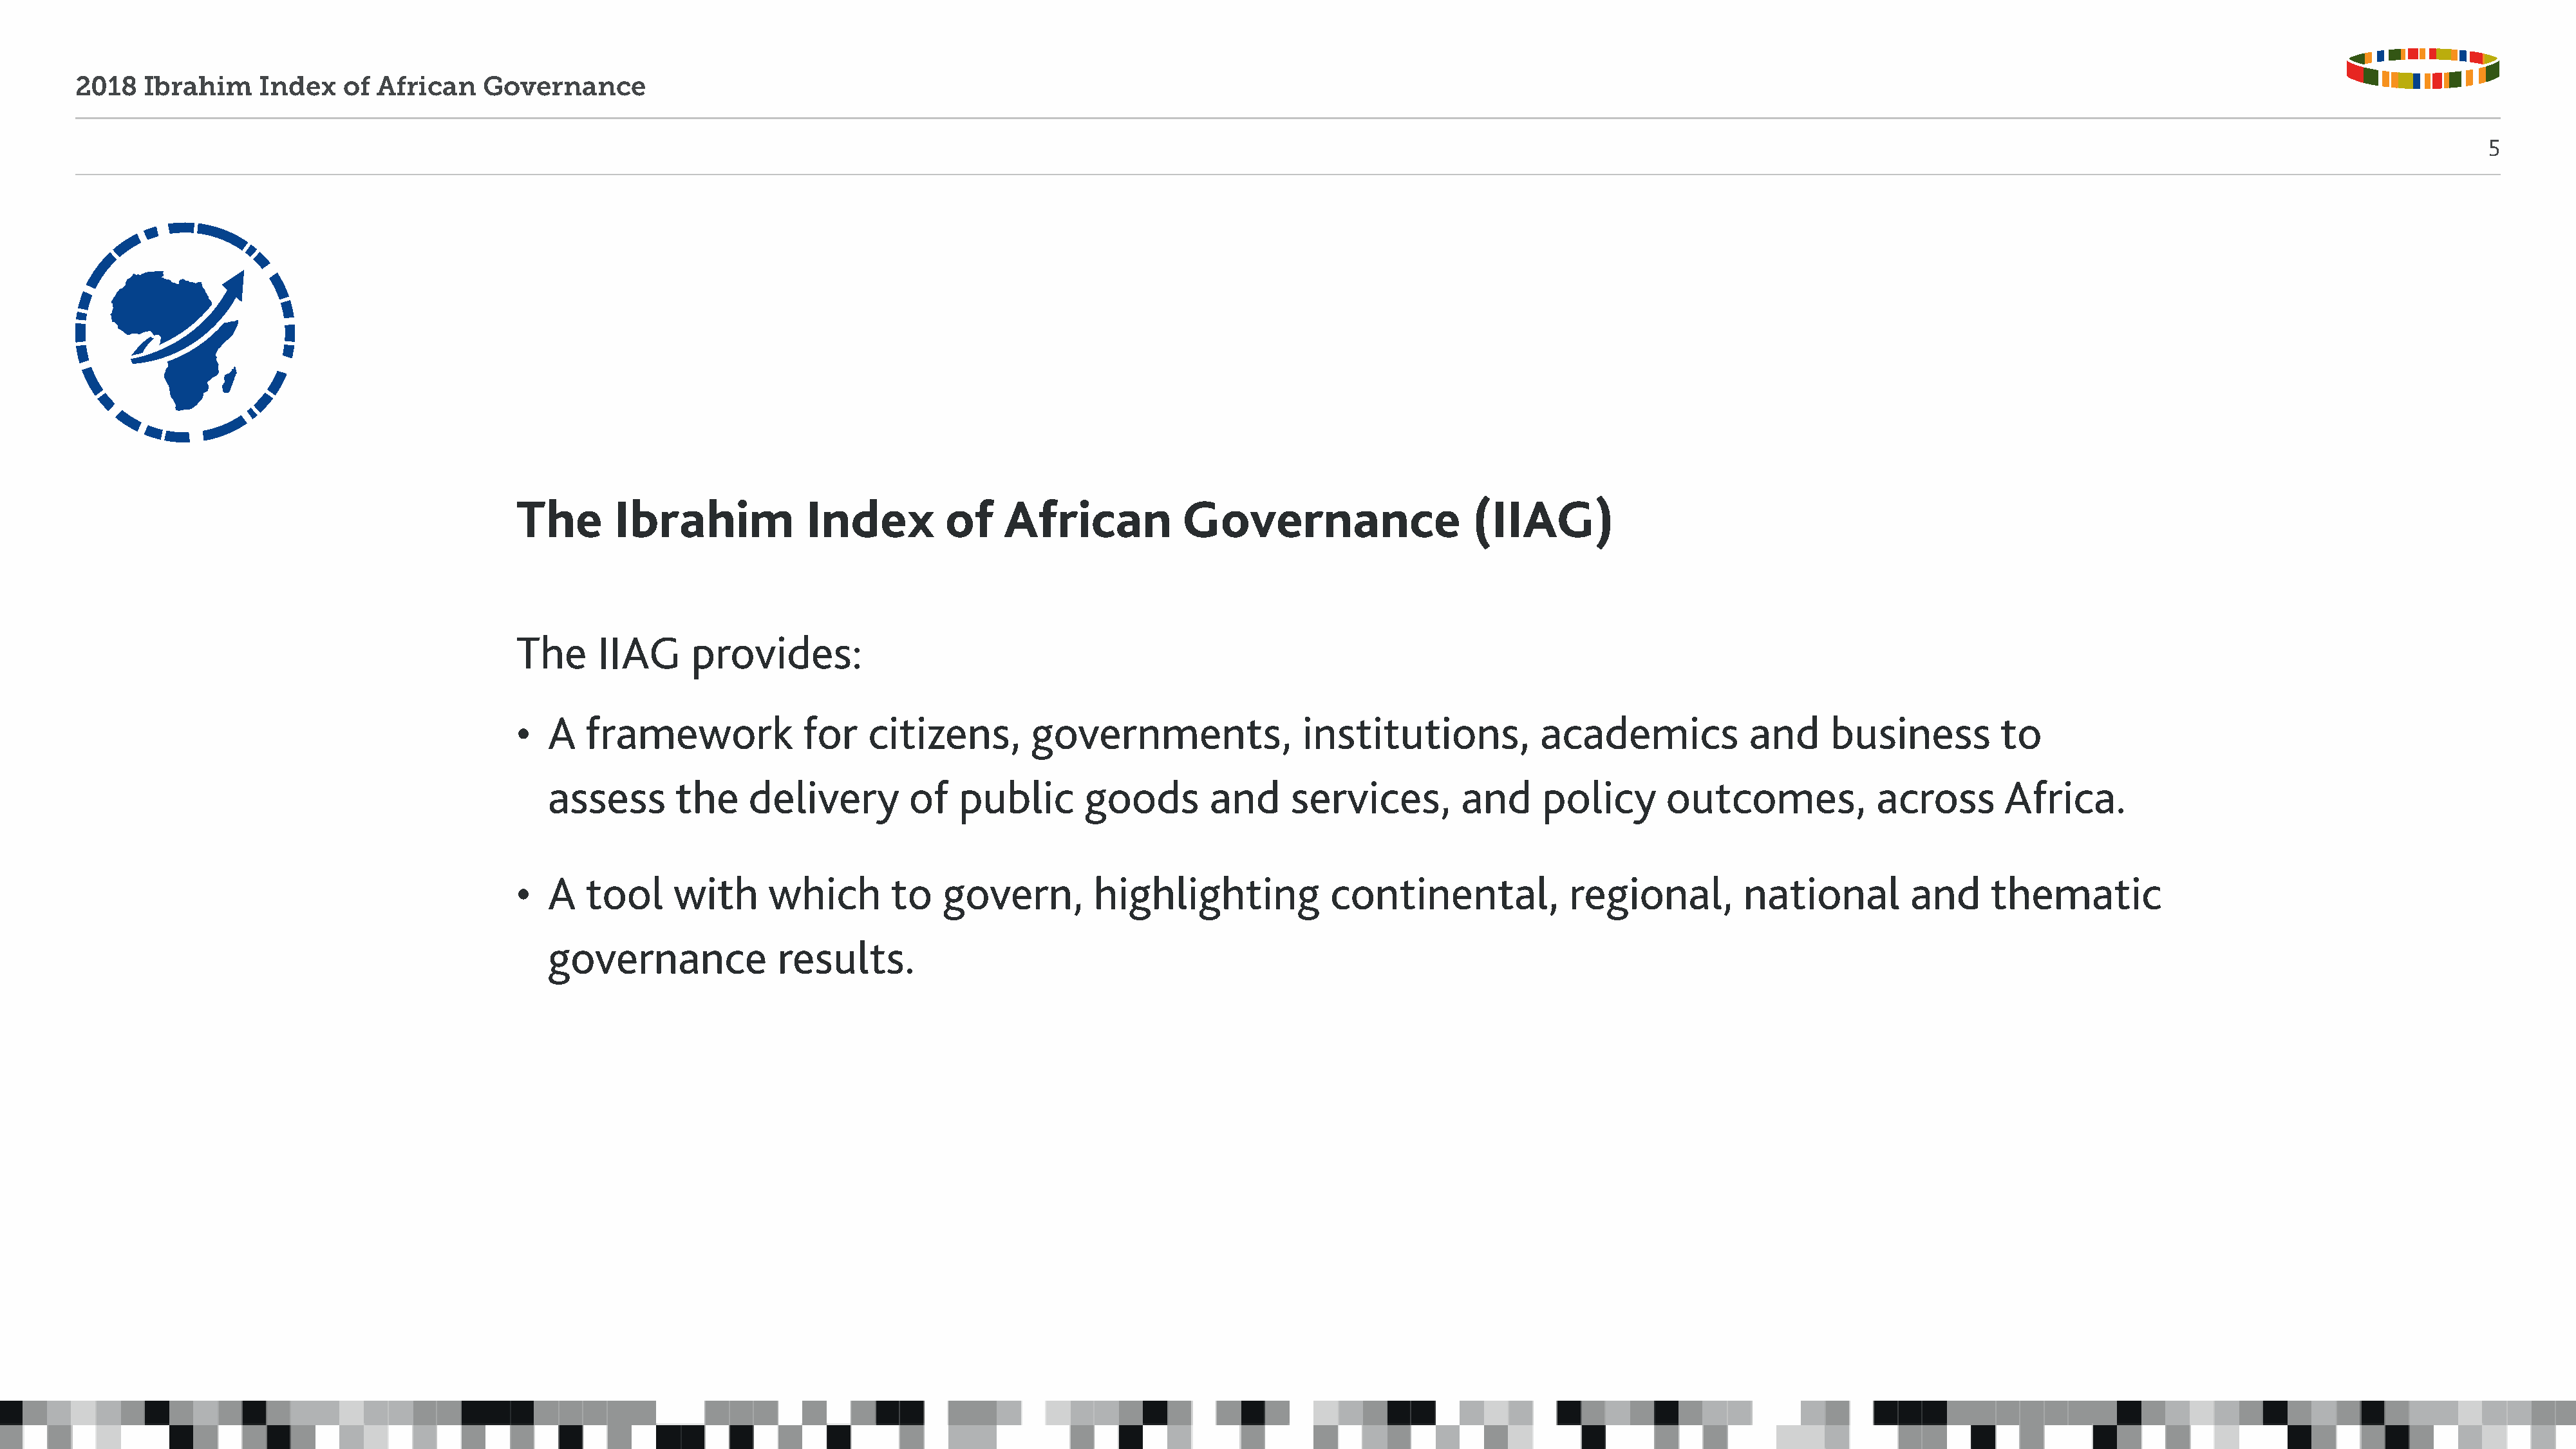
2018   Ibrahim     Index   of  African    Governance
 5
 The       Ibrahim             Index         of    African            Governance                   (IIAG)
 The     IIAG      provides:
 •  A   framework              for   citizens,        governments,                institutions,           academics             and     business          to
 assess       the     delivery        of    public      goods        and      services,        and      policy      outcomes,             across       Africa.
 •  A   tool     with      which        to   govern,        highlighting             continental,            regional,         national         and      thematic
 governance              results.